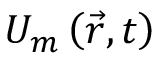
U _ { m } \left( \vec { r } , t \right)